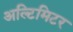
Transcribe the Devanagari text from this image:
अल्टिमिटर